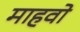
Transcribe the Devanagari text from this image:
माहवो